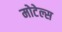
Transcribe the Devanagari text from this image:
मोटेल्स